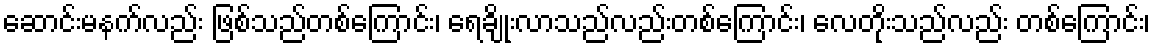
ဆောင်းမနက်လည်း ဖြစ်သည်တစ်ကြောင်း၊ ရေချိုးလာသည်လည်းတစ်ကြောင်း၊ လေတိုးသည်လည်း တစ်ကြောင်း၊